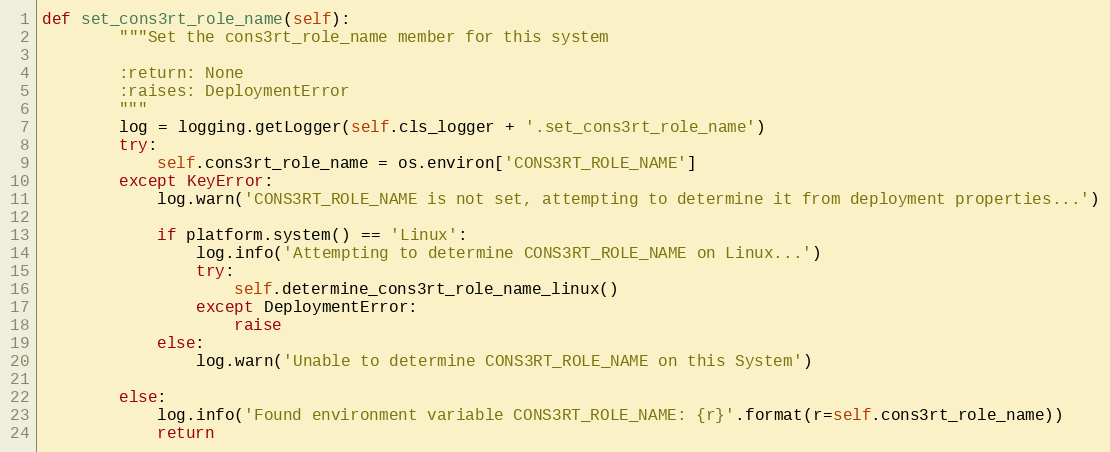
Language: Python
def set_cons3rt_role_name(self):
        """Set the cons3rt_role_name member for this system

        :return: None
        :raises: DeploymentError
        """
        log = logging.getLogger(self.cls_logger + '.set_cons3rt_role_name')
        try:
            self.cons3rt_role_name = os.environ['CONS3RT_ROLE_NAME']
        except KeyError:
            log.warn('CONS3RT_ROLE_NAME is not set, attempting to determine it from deployment properties...')

            if platform.system() == 'Linux':
                log.info('Attempting to determine CONS3RT_ROLE_NAME on Linux...')
                try:
                    self.determine_cons3rt_role_name_linux()
                except DeploymentError:
                    raise
            else:
                log.warn('Unable to determine CONS3RT_ROLE_NAME on this System')

        else:
            log.info('Found environment variable CONS3RT_ROLE_NAME: {r}'.format(r=self.cons3rt_role_name))
            return